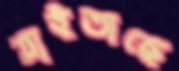
যাইতাছে